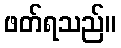
ဖတ်ရသည်။